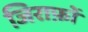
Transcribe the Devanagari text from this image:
जिराफ़ों